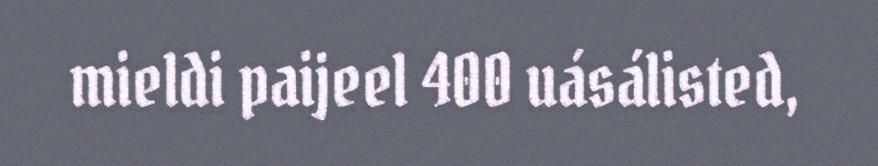
mieldi paijeel 400 uásálisted,